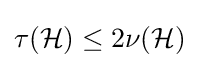
\tau ({\mathcal {H}})\leq 2\nu ({\mathcal {H}})